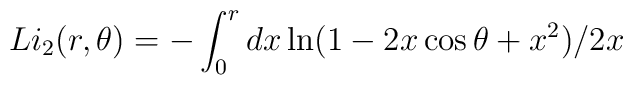
Li_2(r,\theta)=-\int_0^r dx \ln(1-2x\cos\theta+x^2)/2x